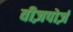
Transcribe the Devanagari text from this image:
वीज़पोर्ज़